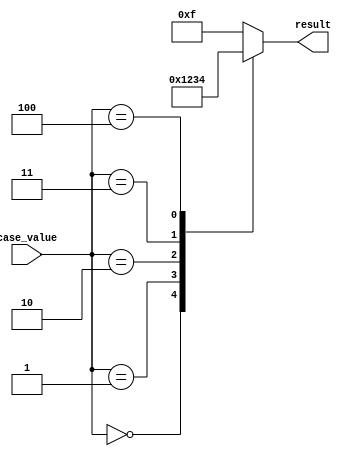
module full_case_statement (
    input wire [2:0] case_value,
    output reg [3:0] result
);

always @(*) begin
    case (case_value)
        3'b000: begin
            result = 4'b0000;
        end
        3'b001: begin
            result = 4'b0001;
        end
        3'b010: begin
            result = 4'b0010;
        end
        3'b011: begin
            result = 4'b0011;
        end
        3'b100: begin
            result = 4'b0100;
        end
        default: begin
            result = 4'b1111;
        end
    endcase
end

endmodule